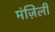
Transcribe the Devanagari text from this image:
मंज़िली